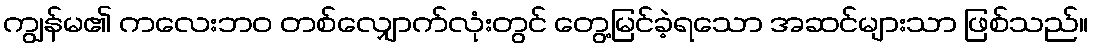
ကျွန်မ၏ ကလေးဘဝ တစ်လျှောက်လုံးတွင် တွေ့မြင်ခဲ့ရသော အဆင်များသာ ဖြစ်သည်။